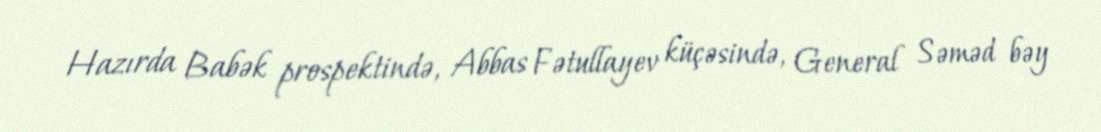
Hazırda Babək prospektində, Abbas Fətullayev küçəsində, General Səməd bəy